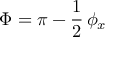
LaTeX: \Phi = \pi - \frac { 1 } { 2 } \, \phi _ { x }